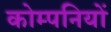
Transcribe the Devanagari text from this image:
कोम्पनियों